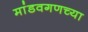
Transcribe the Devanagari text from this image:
मांडवगणच्या